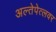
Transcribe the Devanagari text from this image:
अल्तेपेत्लवर